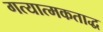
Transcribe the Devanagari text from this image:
गत्यात्मकताद्ध